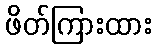
ဖိတ်ကြားထား